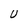
Character: U